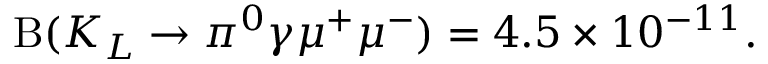
\mathrm { B } ( K _ { L } \rightarrow \pi ^ { 0 } \gamma \mu ^ { + } \mu ^ { - } ) = 4 . 5 \times 1 0 ^ { - 1 1 } .